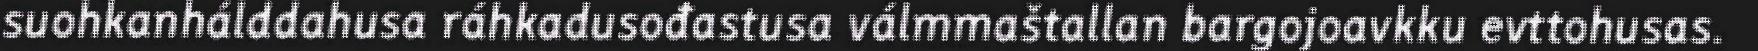
suohkanhálddahusa ráhkadusođastusa válmmaštallan bargojoavkku evttohusas.